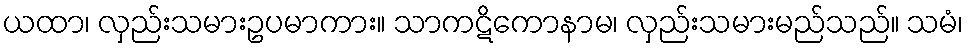
ယထာ၊ လှည်းသမားဥပမာကား။ သာကဋိကောနာမ၊ လှည်းသမားမည်သည်။ သမံ၊